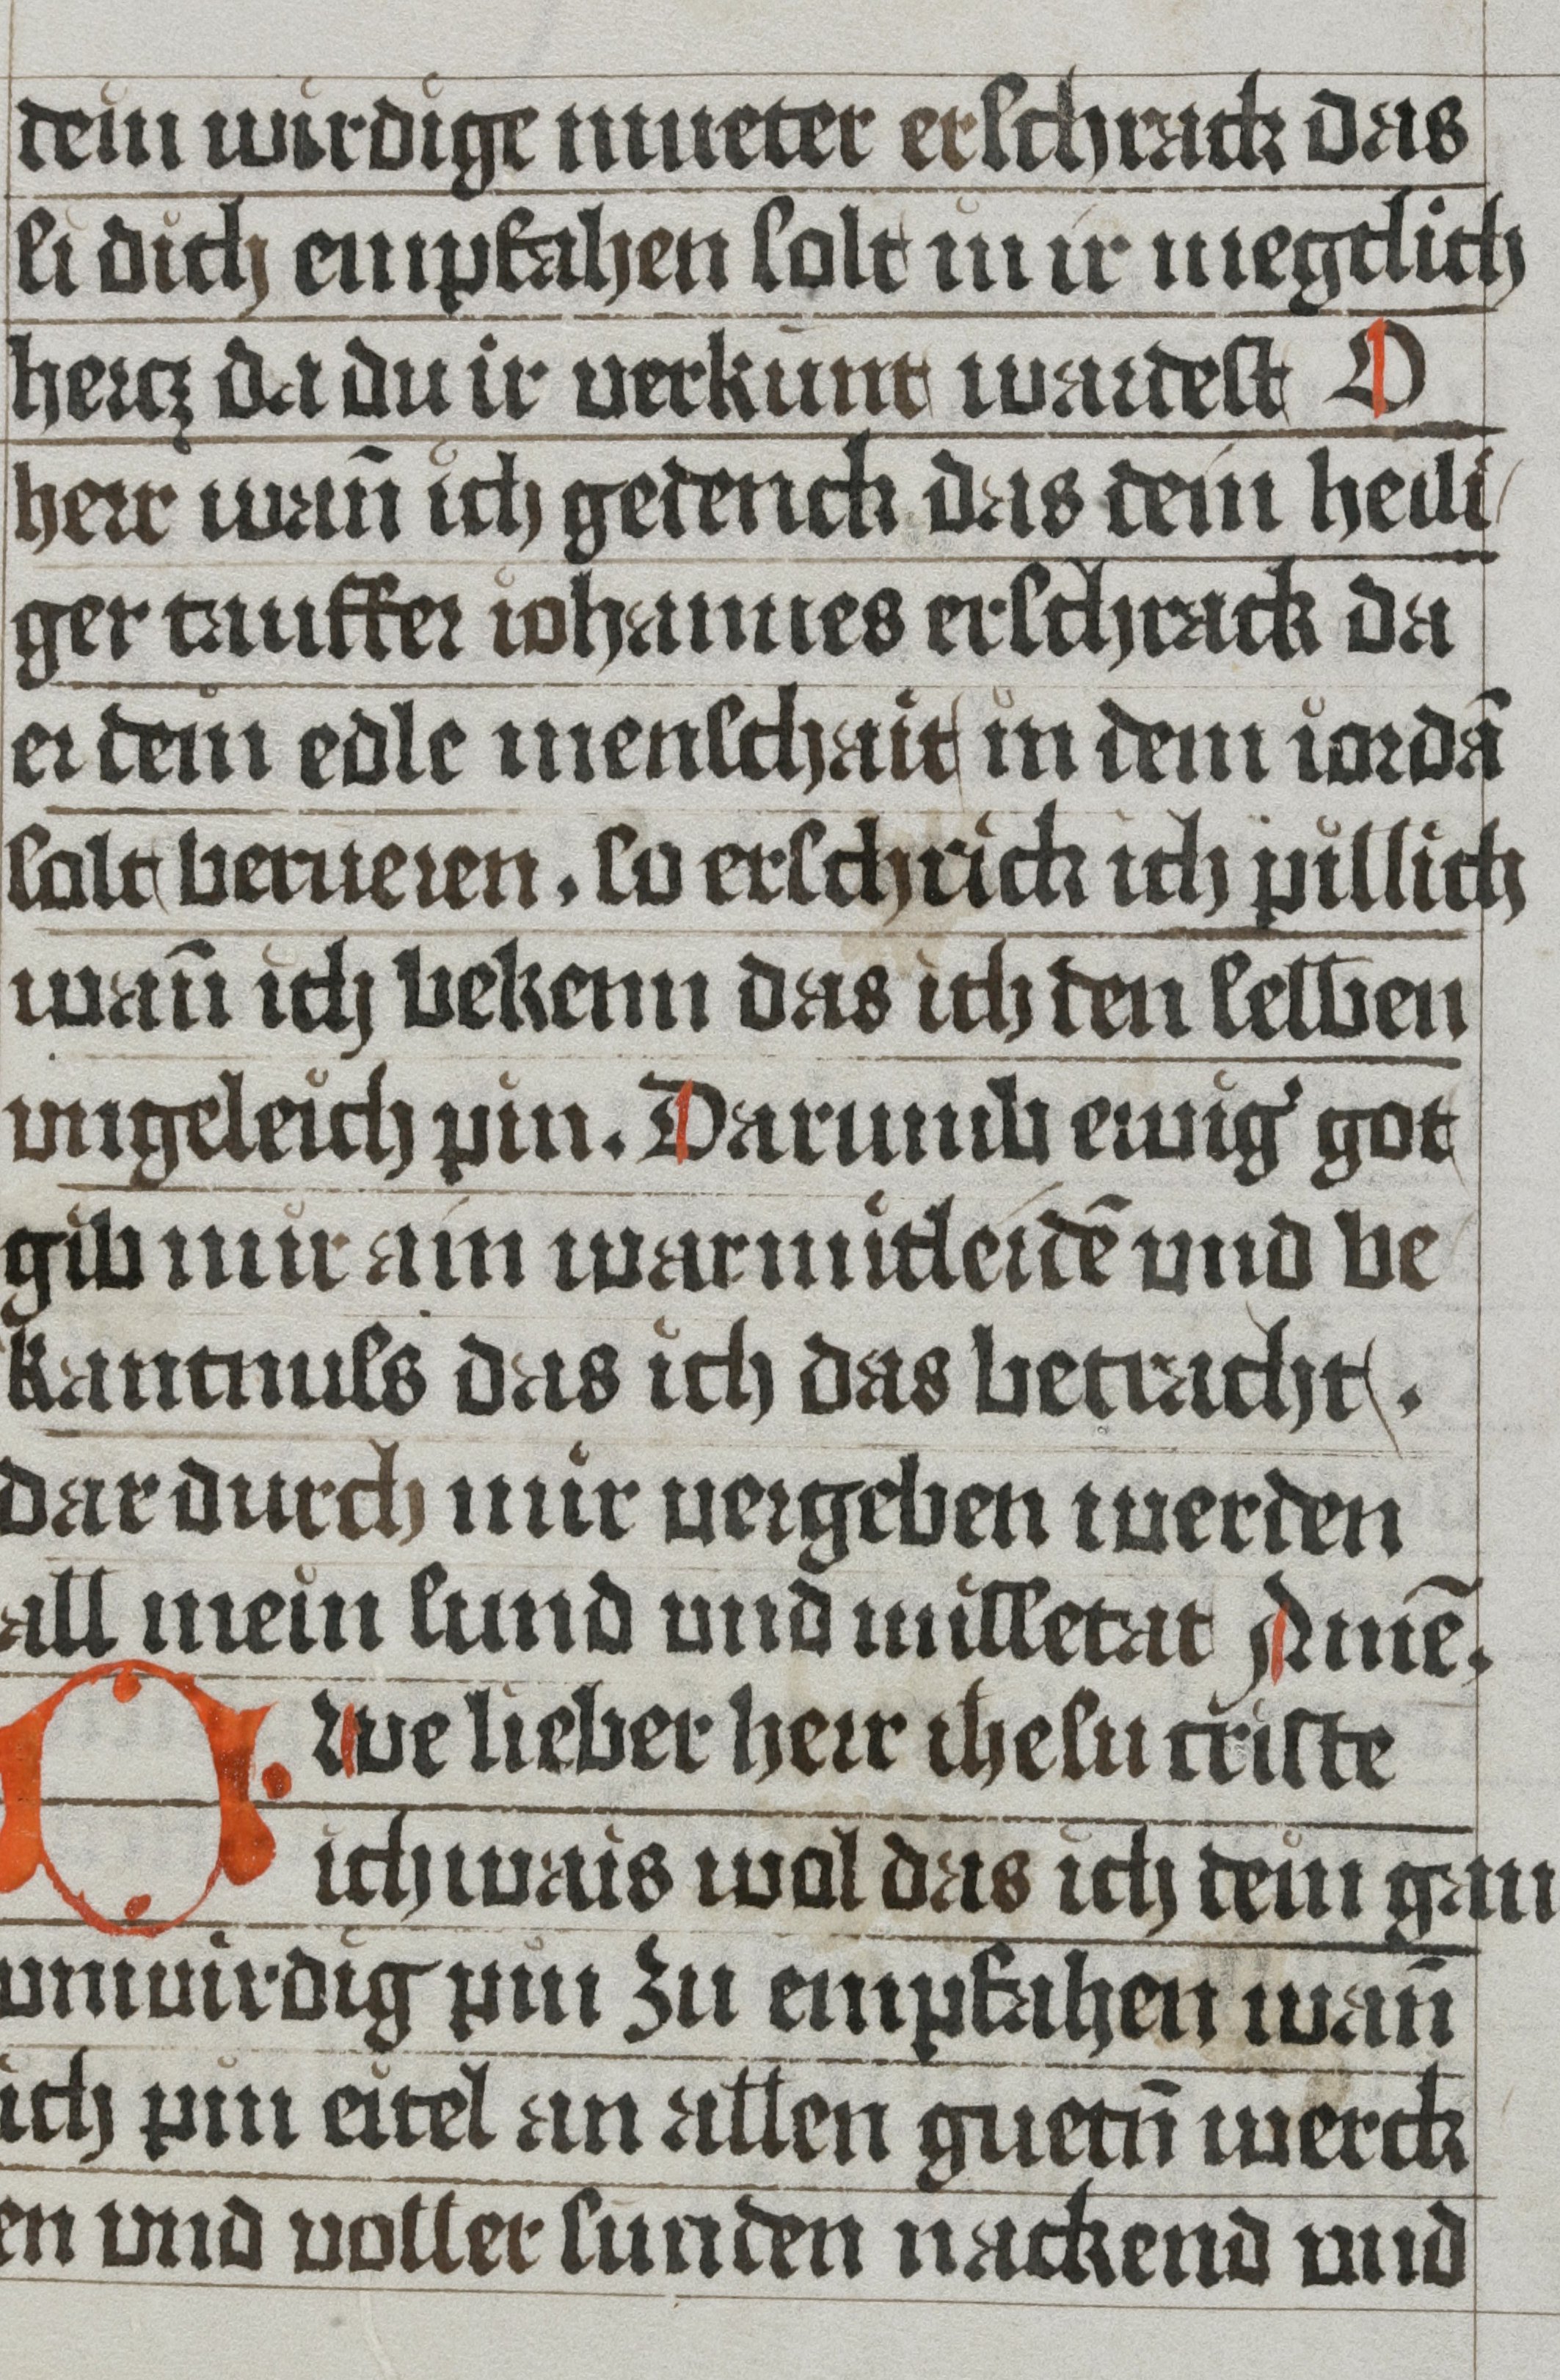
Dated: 1485–1535